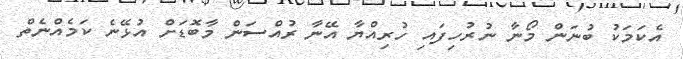
އެކަމަކު ބުނަން މޯނާ ނުރުހިފައި ހުރިއްޔާ އޭނާ ރުއްސަން މާބޮޑަށް އުޅޭނެ ކަމެއްނެތް